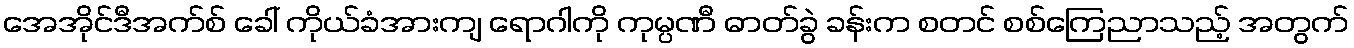
အေအိုင်ဒီအက်စ် ခေါ် ကိုယ်ခံအားကျ ရောဂါကို ကုမ္ပဏီ ဓာတ်ခွဲ ခန်းက စတင် စစ်ကြေညာသည့် အတွက်